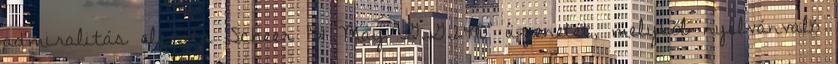
admiralitás elfogta Scheer "31 May G.G.2490" üzenetét, melyből nyilvánvaló